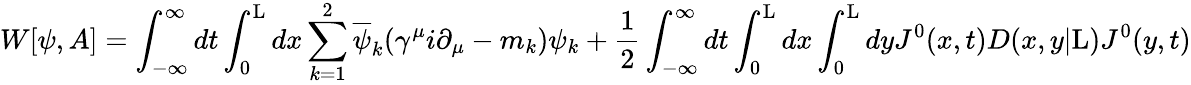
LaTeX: W[{\psi},A]=\int_{-\infty}^{\infty}dt\int_{0}^{\mathrm{L}}dx\sum_{k=1}^{2}\overline{{{\psi}}}_{k}({\gamma}^{\mu}i{\partial}_{\mu}-m_{k}){\psi}_{k}+\frac{1}{2}\int_{-\infty}^{\infty}dt\int_{0}^{\mathrm{L}}dx\int_{0}^{\mathrm{L}}dyJ^{0}(x,t)D(x,y|\mathrm{L})J^{0}(y,t)